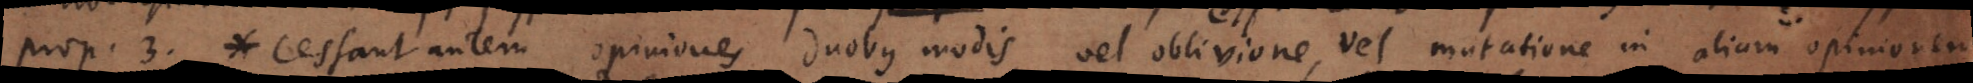
prop. 3. * Cessant autem opiniones duobus modis, vel oblivione, vel mutatione in aliam opinionem